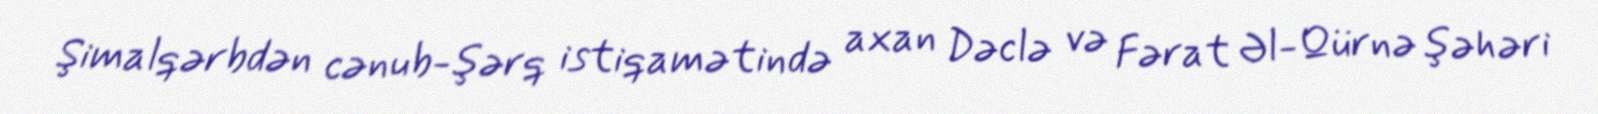
Şimalqərbdən cənub-şərq istiqamətində axan Dəclə və Fərat Əl-Qürnə şəhəri